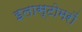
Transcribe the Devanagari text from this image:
इलास्टोमरों